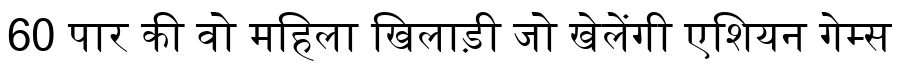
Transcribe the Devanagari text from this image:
60 पार की वो महिला खिलाड़ी जो खेलेंगी एशियन गेम्स